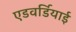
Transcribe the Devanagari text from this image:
एडवर्डियाई